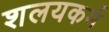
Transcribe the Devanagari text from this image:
शलयकर्म